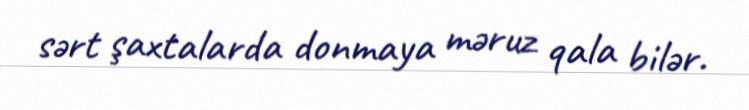
sərt şaxtalarda donmaya məruz qala bilər.